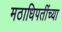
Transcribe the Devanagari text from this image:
मठाधिपतींच्या